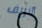
النزيف